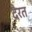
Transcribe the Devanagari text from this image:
दैरत